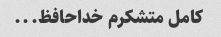
کامل متشکرم خداحافظ...